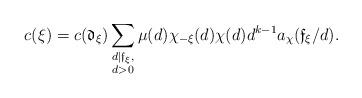
LaTeX: \begin{align*} c(\xi) = c(\mathfrak d_{\xi}) \sum_{\substack{d\mid \mathfrak f_{\xi},\\d>0}} \mu(d)\chi_{-\xi}(d)\chi(d)d^{k-1}a_{\chi}(\mathfrak f_{\xi}/d).\end{align*}